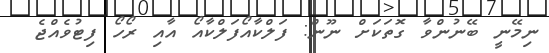
ނިމޭނީ ބޭނުންވާ ގޮތަކަށް ނޫން: ފަލްކާއޯފަލްކާއޯ އާއި ރޯހޯ ފިޓުވެއްޖެ